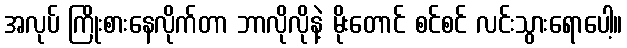
အလုပ် ကြိုးစားနေလိုက်တာ ဘာလိုလိုနဲ့ မိုးတောင် စင်စင် လင်းသွားရောပေါ့။